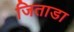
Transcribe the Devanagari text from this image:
जिताडा